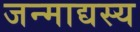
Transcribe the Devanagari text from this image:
जन्माद्यस्य